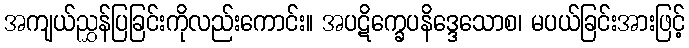
အကျယ်ညွှန်ပြခြင်းကိုလည်းကောင်း။ အပဋိက္ခေပနိဒ္ဒေသောစ၊ မပယ်ခြင်းအားဖြင့်